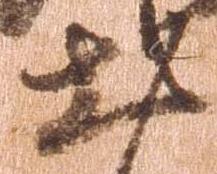
出